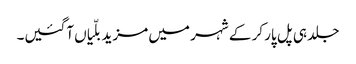
جلد ہی پل پار کر کے شہر میں مزید بلّیاں آگئیں۔